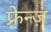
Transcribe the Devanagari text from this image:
फ़्रेन्ज़